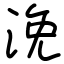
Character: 浼